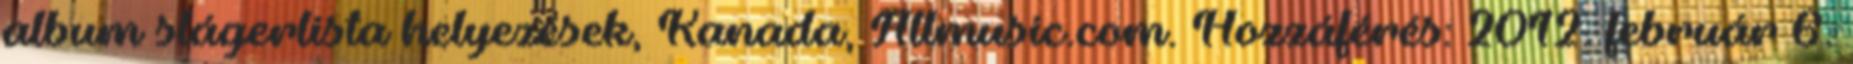
album slágerlista helyezések, Kanada, Allmusic.com. Hozzáférés: 2012. február 6.